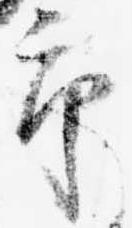
郎